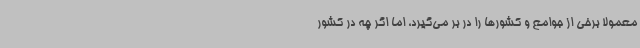
معمولا برخی از جوامع و کشورها را در بر می‌گیرد، اما اگر چه در کشور